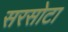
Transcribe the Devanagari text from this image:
सरसोटा